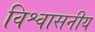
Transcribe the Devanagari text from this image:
विश्वासनीय